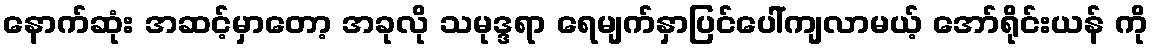
နောက်ဆုံး အဆင့်မှာတော့ အခုလို သမုဒ္ဒရာ ရေမျက်နှာပြင်ပေါ်ကျလာမယ့် အော်ရိုင်းယန် ကို